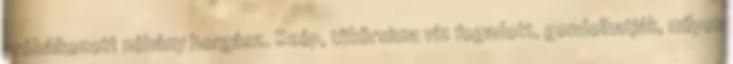
próbálkozott néhány horgász. Szép, tükörsima víz fogadott, gondolhatják, milyen